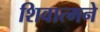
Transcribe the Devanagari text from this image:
शिवात्मने